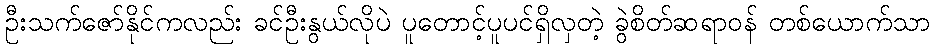
ဦးသက်ဇော်နိုင်ကလည်း ခင်ဦးနွယ်လိုပဲ ပူတောင့်ပူပင်ရှိလှတဲ့ ခွဲစိတ်ဆရာဝန် တစ်ယောက်သာ